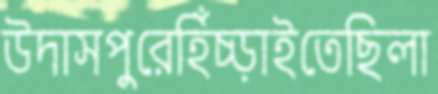
উদাসপুরেহিঁচ্‌ড়াইতেছিলা